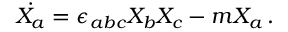
\dot { X _ { a } } = \epsilon _ { a b c } X _ { b } X _ { c } - m X _ { a } \, . ~ ~